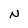
Character: N